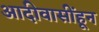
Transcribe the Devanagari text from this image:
आदीवासींहून